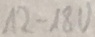
Text: 12-18V